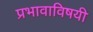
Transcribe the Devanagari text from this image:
प्रभावाविषयी